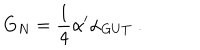
G _ { N } = { \frac { 1 } { 4 } } { \alpha } ^ { \prime } { \alpha } _ { G U T } \ .